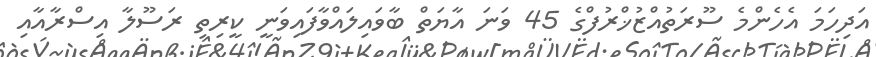
އަދިހަމަ އެހެންމެ ސޫރަތުއްޒުޚްރުފްގެ 45 ވަނަ އާޔަތް ބާވައިލައްވާފައިވަނީ ކީރިތި ރަސޫލާ އިސްރާއާއި